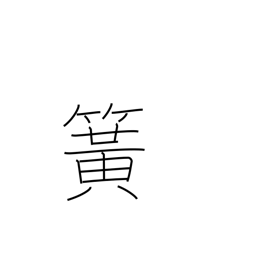
Meaning: flute reed